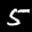
Label: 5